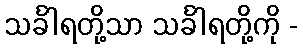
သင်္ခါရတို့သာ သင်္ခါရတို့ကို -